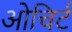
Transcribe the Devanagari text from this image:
ओचिर्ट